Vaccination in Bombay 1924-1928 - 1924-1928
Year: 1924
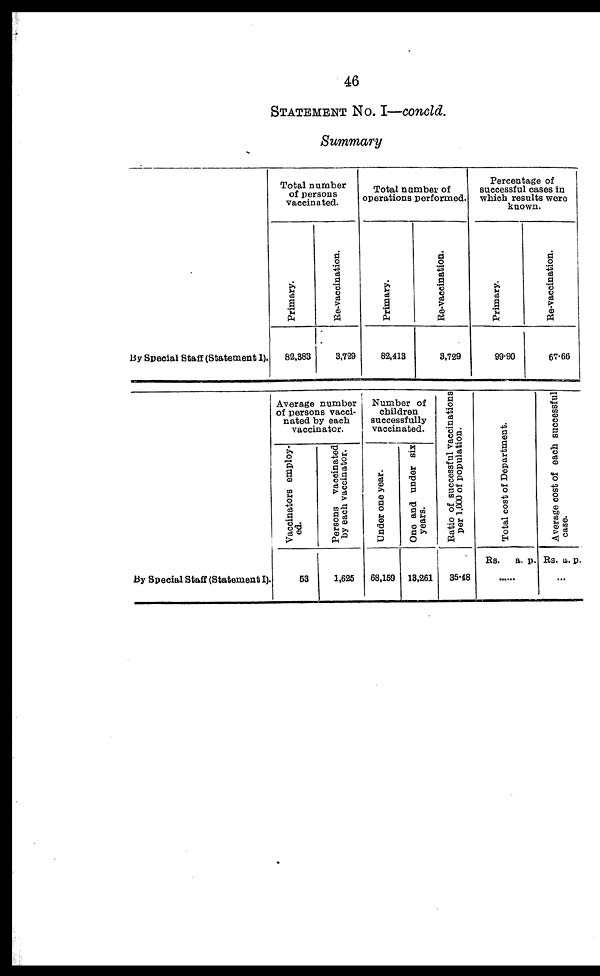
46
STATEMENT NO. I—concld.
Summary
by Special Staff (Statement 1).
Total number
of persons
vaccinated.
Primary.
82,383
Re-vaccination.
3,729
Total number of
operations performed.
Primary.
82,413
Re-vaccination.
3,729
Percentage of
successful cases in
which results were
known.
Primary.
99.90
Re-vaccination.
67.66
By Special Staff (Statement I).
Average number
of persons vacci-
nated by each
vaccinator.
Vaccinators employ-
ed.
Persons vaccinated
by each vaccinator.
53
1,625
Number of
children
successfully
vaccinated.
Under one year.
68,159
One and under six
years.
13,261
Ratio of successful vaccinations
per 1,000 of population.
35.48
Total cost of Department.
Rs.
a. p.
......
Average cost of each successful
case.
Rs. a. p.
...